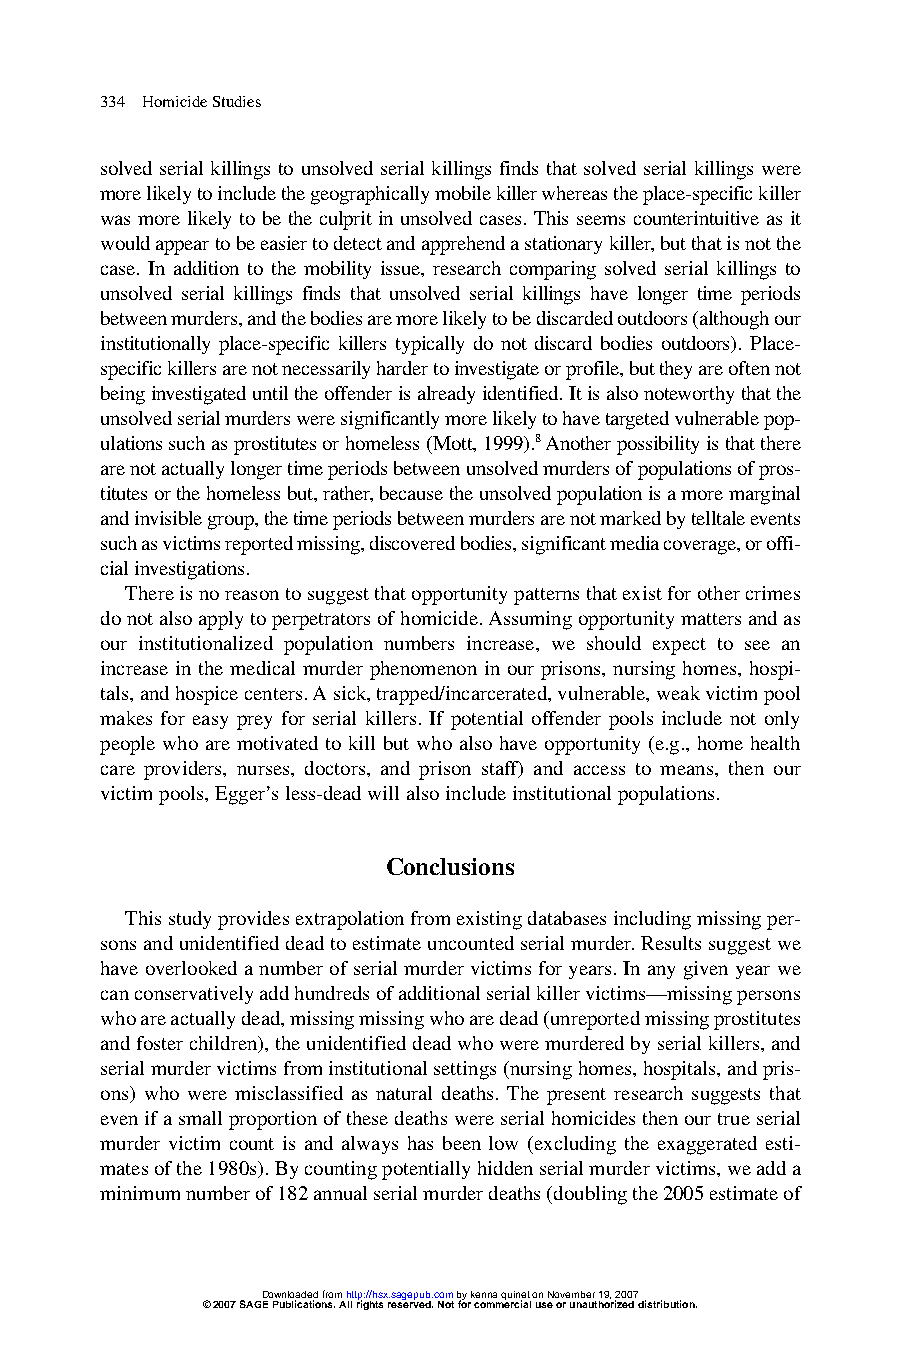
334 Homicide Studies
 solved serial killings to unsolved serial killings finds that solved serial killings were
 more likely to include the geographically mobile killer whereas the place-specific killer
 was more likely to be the culprit in unsolved cases. This seems counterintuitive as it
 would appear to be easier to detect and apprehend a stationary killer,but that is not the
 case. In addition to the mobility issue, research comparing solved serial killings to
 unsolved serial killings finds that unsolved serial killings have longer time periods
 between murders,and the bodies are more likely to be discarded outdoors (although our
 institutionally place-specific killers typically do not discard bodies outdoors). Place-
 specific killers are not necessarily harder to investigate or profile,but they are often not
 being investigated until the offender is already identified. It is also noteworthy that the
 unsolved serial murders were significantly more likely to have targeted vulnerable pop-
 ulations such as prostitutes or homeless (Mott,1999).8Another possibility is that there
 are not actually longer time periods between unsolved murders of populations of pros-
 titutes or the homeless but,rather,because the unsolved population is a more marginal
 and invisible group,the time periods between murders are not marked by telltale events
 such as victims reported missing,discovered bodies,significant media coverage,or offi-
 cial investigations.
 There is no reason to suggest that opportunity patterns that exist for other crimes
 do not also apply to perpetrators of homicide. Assuming opportunity matters and as
 our institutionalized population numbers increase, we should expect to see an
 increase in the medical murder phenomenon in our prisons, nursing homes, hospi-
 tals,and hospice centers. A sick,trapped/incarcerated,vulnerable,weak victim pool
 makes for easy prey for serial killers. If potential offender pools include not only
 people who are motivated to kill but who also have opportunity (e.g., home health
 care providers, nurses, doctors, and prison staff) and access to means, then our
 victim pools,Egger’s less-dead will also include institutional populations.
 Conclusions
 This study provides extrapolation from existing databases including missing per-
 sons and unidentified dead to estimate uncounted serial murder. Results suggest we
 have overlooked a number of serial murder victims for years. In any given year we
 can conservatively add hundreds of additional serial killer victims—missing persons
 who are actually dead,missing missing who are dead (unreported missing prostitutes
 and foster children),the unidentified dead who were murdered by serial killers,and
 serial murder victims from institutional settings (nursing homes,hospitals,and pris-
 ons) who were misclassified as natural deaths. The present research suggests that
 even if a small proportion of these deaths were serial homicides then our true serial
 murder victim count is and always has been low (excluding the exaggerated esti-
 mates of the 1980s). By counting potentially hidden serial murder victims,we add a
 minimum number of 182 annual serial murder deaths (doubling the 2005 estimate of
 Downloaded from http://hsx.sagepub.com by kenna quinet on November 19, 2007
 © 2007 SAGE Publications. All rights reserved. Not for commercial use or unauthorized distribution.